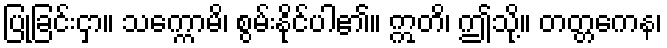
ပြုခြင်းငှာ။ သက္ကောမိ၊ စွမ်းနိုင်ပါ၏။ ဣတိ၊ ဤသို့။ တတ္တကေန၊